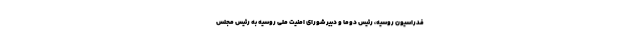
فدراسیون روسیه، رئیس دوما و دبیر شورای امنیت ملی روسیه به رئیس مجلس